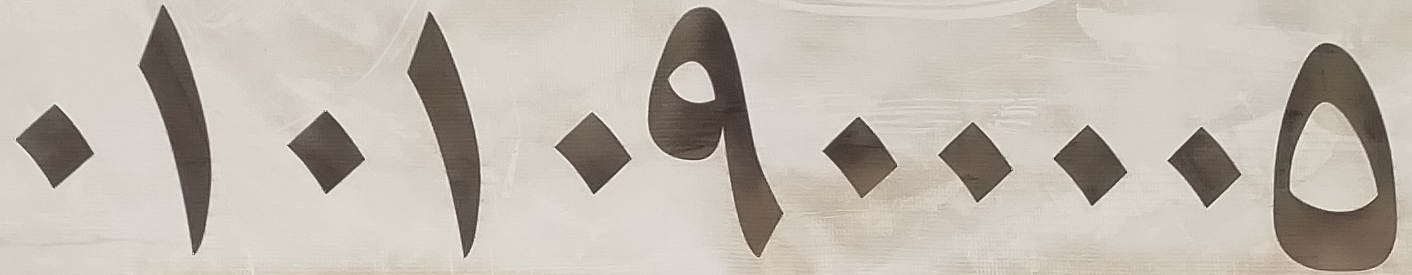
01010900005